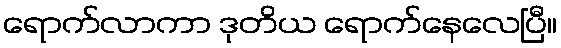
ရောက်လာကာ ဒုတိယ ရောက်နေလေပြီ။